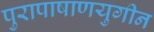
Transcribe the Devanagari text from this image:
पुरापाषाणयुगीन